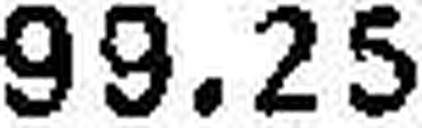
99.25